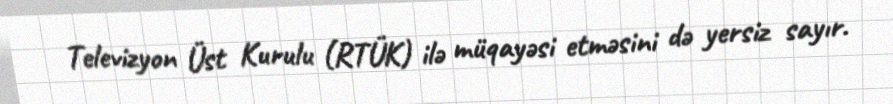
Televizyon Üst Kurulu (RTÜK) ilə müqayəsi etməsini də yersiz sayır.